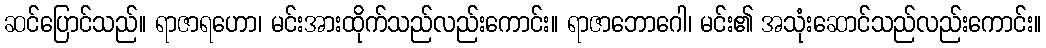
ဆင်ပြောင်သည်။ ရာဇာရဟော၊ မင်းအားထိုက်သည်လည်းကောင်း။ ရာဇာဘောဂေါ၊ မင်း၏ အသုံးဆောင်သည်လည်းကောင်း။